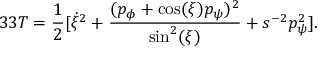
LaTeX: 3 3 T = { \frac { 1 } { 2 } } [ \dot { \xi } ^ { 2 } + { \frac { ( p _ { \phi } + \cos ( \xi ) p _ { \psi } ) ^ { 2 } } { \sin ^ { 2 } ( \xi ) } } + s ^ { - 2 } p _ { \psi } ^ { 2 } ] .